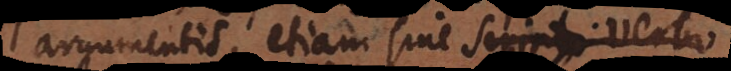
argumentis, etiam sine scripto verbo